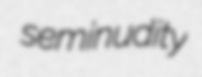
seminudity